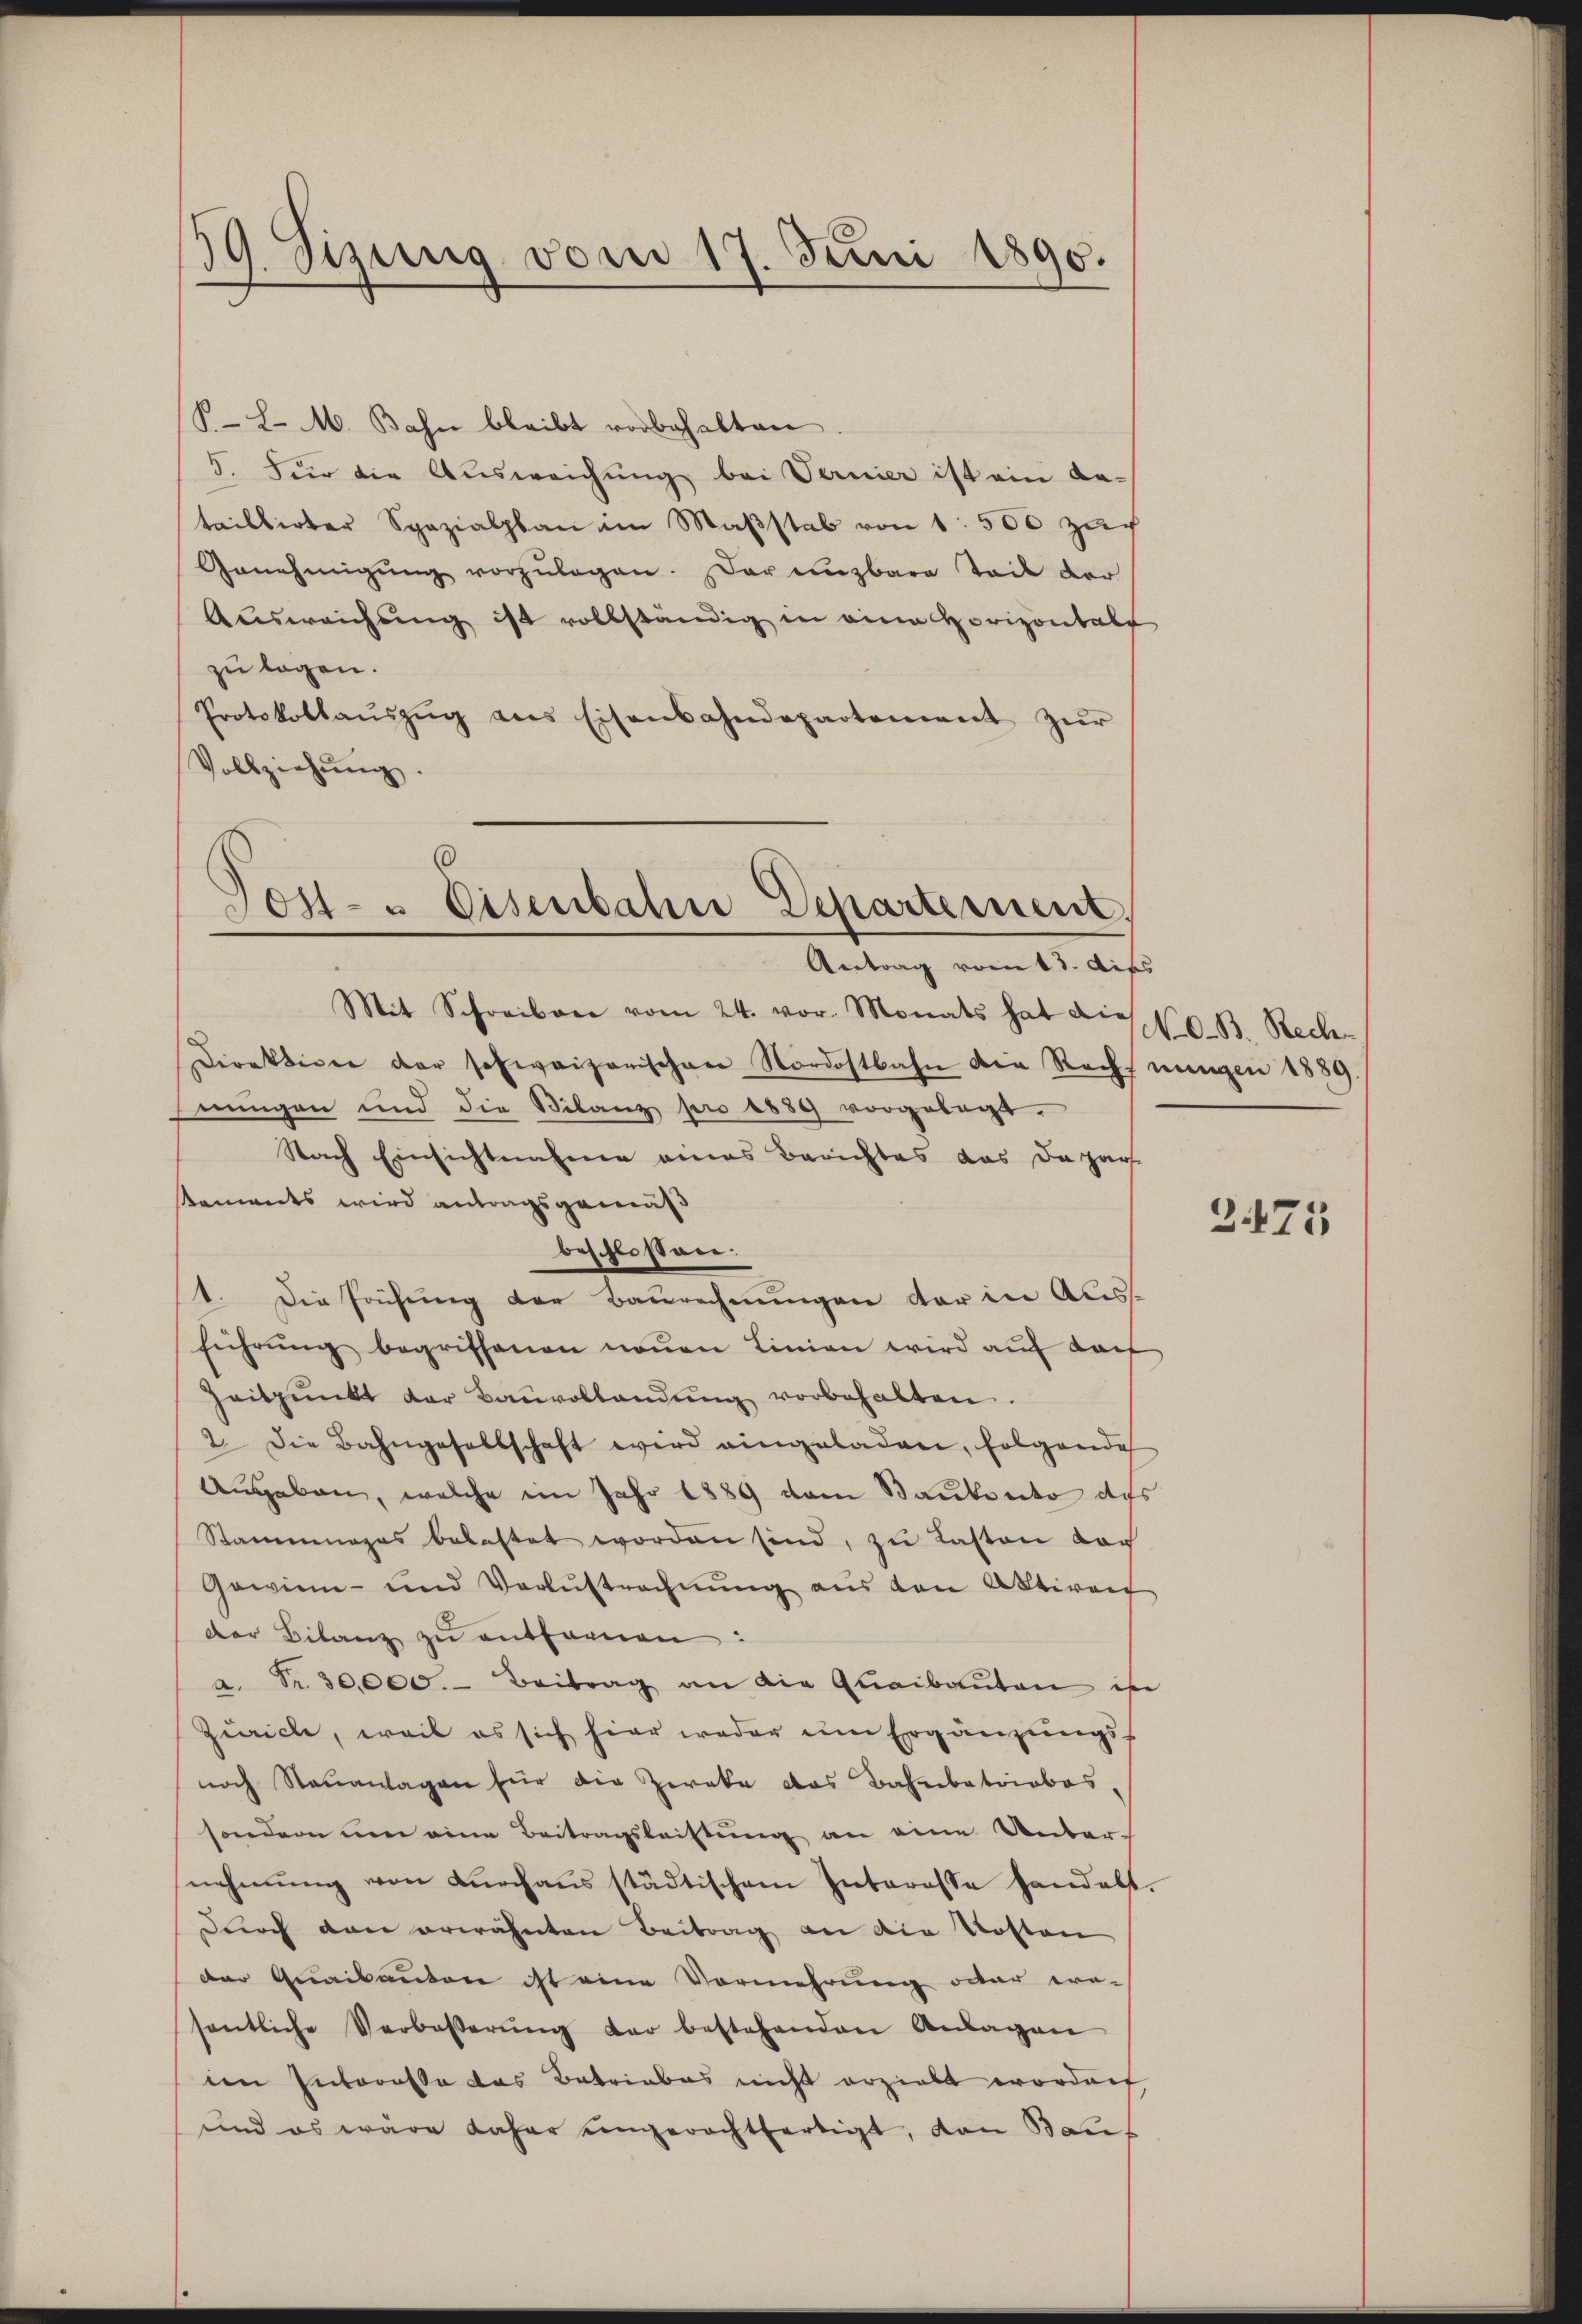
19. Sizung vom 17. Juni 1890.

S. L. M. Bahn bleibt vorbehalten
5. Für die Ausweichung bei Termier ist ein An-
taillirter Spazialplan im Maβstab von 1 500 zuch
Genehmigŭng vorzŭlegen. Der unzbare Teil der
Ausweichung ist vollständig in eine Horizontal
zu lagen.
Protokollaŭszŭg ans Eisenbahndepartement zŭr
Vollziehŭng.

Post- u Eisenbahn Departemen,
Antrag vom 13. Dies

Mit Schreiben vom 24. vor. Monats hat die 10. B. Rech-
Direktion der schweizerischen Nordostbahn die Rechnungen 1889.
nungen und die Bilanz pro 1889 vorgelegt.
Nach Einsichtnahme eines Berichtes das Dapar-
kaments wird antragsgemäß
beschlossen.
1. Die Prüfung der Baurechnungen der in Aless
führŭng begriffenen neŭen Linien wird aŭf darf
Zeitpunkt der Baŭvollandŭng vorbehalten.
2. Die Bahngesellschaft wird eingeladen, folgende
Angebau, welche im Jahr 1889 vom Baubento des
Stammages belastet worden sind, zu Lasten vor
Gewinn- und Verlustrechnung aus den Aktiven
der Bilanz zŭ entfernen:
a. Fr. 30,000.- Beitrag an die Quaibaŭten in
Zürich, weil es sich hier weder am Ergänzŭngs-
noch Staŭanlagen für die Zweke das Bahnbetriebes,
sondern um eine Beitragsleistung an eine Unternehmŭng von durchaus städtischem Interasse handelt.
Durch den erwähnten Beitrag an die Kosten
der Quaibantone ist eine Vormehrung oder erosentliche Verboβerŭng der bestehenden Anlagen
ten Interofte das Betriebes nicht erzielt worden
und es wäre daher engerechtfertigt, den Bauf

3475